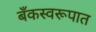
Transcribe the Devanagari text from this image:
बँकस्वरूपात